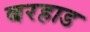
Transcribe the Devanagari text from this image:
बरहाड